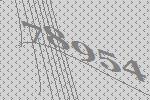
78954